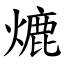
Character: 熝